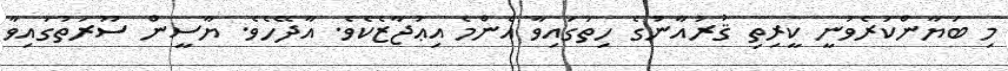
މި ބަޔާންކުރެވުނީ ކީރިތި ޤުރުއާނުގެ ހިތުގައިވާ އެންމެ އިޢުޖާޒެކެވެ. އާދޭހެވެ. ޔާސީން ސޫރަތުގައިވާ